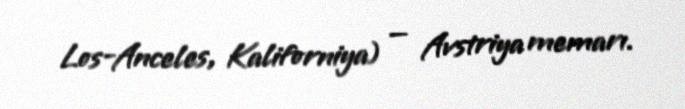
Los-Anceles, Kaliforniya) — Avstriya memarı.